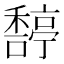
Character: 𥢿